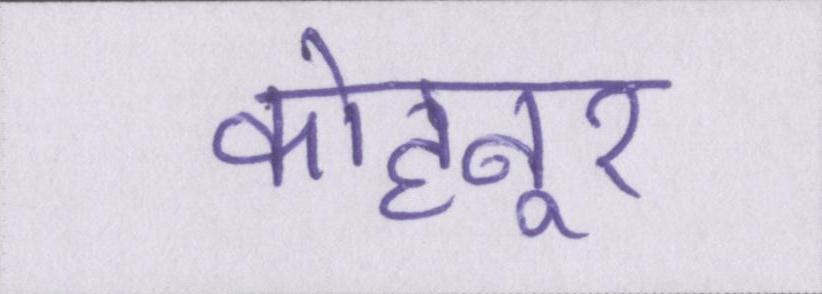
कोहनूर